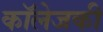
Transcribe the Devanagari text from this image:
कॉलेजकी